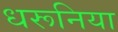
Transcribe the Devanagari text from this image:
धरूनिया